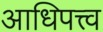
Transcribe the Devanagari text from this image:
आधिपत्त्व